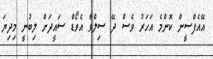
އޭއެފްސީން ކޮންމެ އަހަރު ވެސް ދޭ ސިލްވާ އެވޯޑް ސައީދަށް ލިބުނީ މިދިޔަ